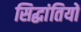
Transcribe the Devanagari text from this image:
सिद्धांतियों